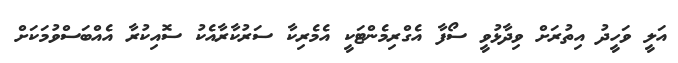
އަލީ ވަހީދު އިތުރަށް ވިދާޅުވީ ސޯފާ އެގްރިމެންޓަކީ އެމެރިކާ ސަރުކާރާއެކު ސޮއިކުރާ އެއްބަސްވުމަކަށް